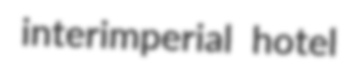
interimperial hotel